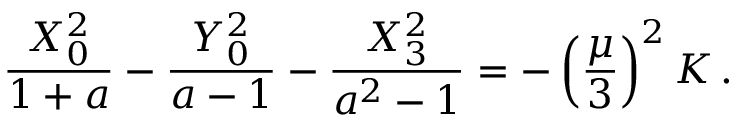
{ \frac { X _ { 0 } ^ { 2 } } { 1 + a } } - { \frac { Y _ { 0 } ^ { 2 } } { a - 1 } } - { \frac { X _ { 3 } ^ { 2 } } { a ^ { 2 } - 1 } } = - \left( { \frac { \mu } { 3 } } \right) ^ { 2 } K \, .